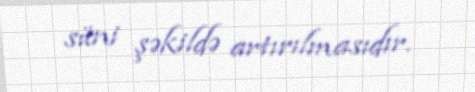
süni şəkildə artırılmasıdır.